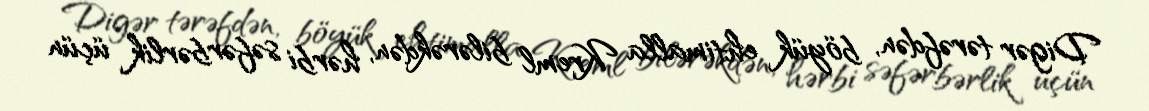
Digər tərəfdən, böyük ehtimalla Kreml bilərəkdən, hərbi səfərbərlik üçün